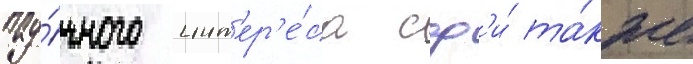
нау́чного инт'ер'е́са сф'и́ та́кже